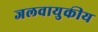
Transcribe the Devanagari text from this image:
जलवायुकीय